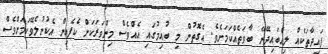
ފައިދާތަކެއް ލިއްބައިދޭނޭ ބާވަތެއްކަމަށެވެ. އެގޮތުން މި ބުއިމުގައި އެއްވެސް މިންވަރަކަށް ކެފެއިން އެކުނުލެވޭކަމަށްވެސް